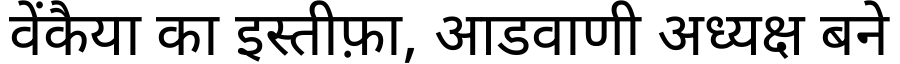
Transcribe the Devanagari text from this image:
वेंकैया का इस्तीफ़ा, आडवाणी अध्यक्ष बने